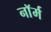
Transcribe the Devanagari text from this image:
नाॅर्म